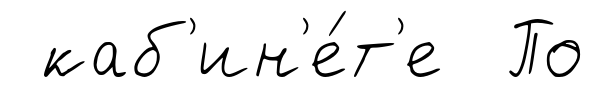
каб'ин'е́т'е По